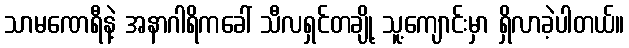
သာမဏေရီနဲ့ အနာဂါရိကခေါ် သီလရှင်တချို့ သူ့ကျောင်းမှာ ရှိလာခဲ့ပါတယ်။